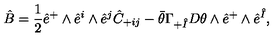
\hat { B } = \frac { 1 } { 2 } \hat { e } ^ { + } \wedge \hat { e } ^ { i } \wedge \hat { e } ^ { j } \hat { C } _ { + i j } - \bar { \theta } \Gamma _ { + \hat { I } } D \theta \wedge \hat { e } ^ { + } \wedge \hat { e } ^ { \hat { I } } ,